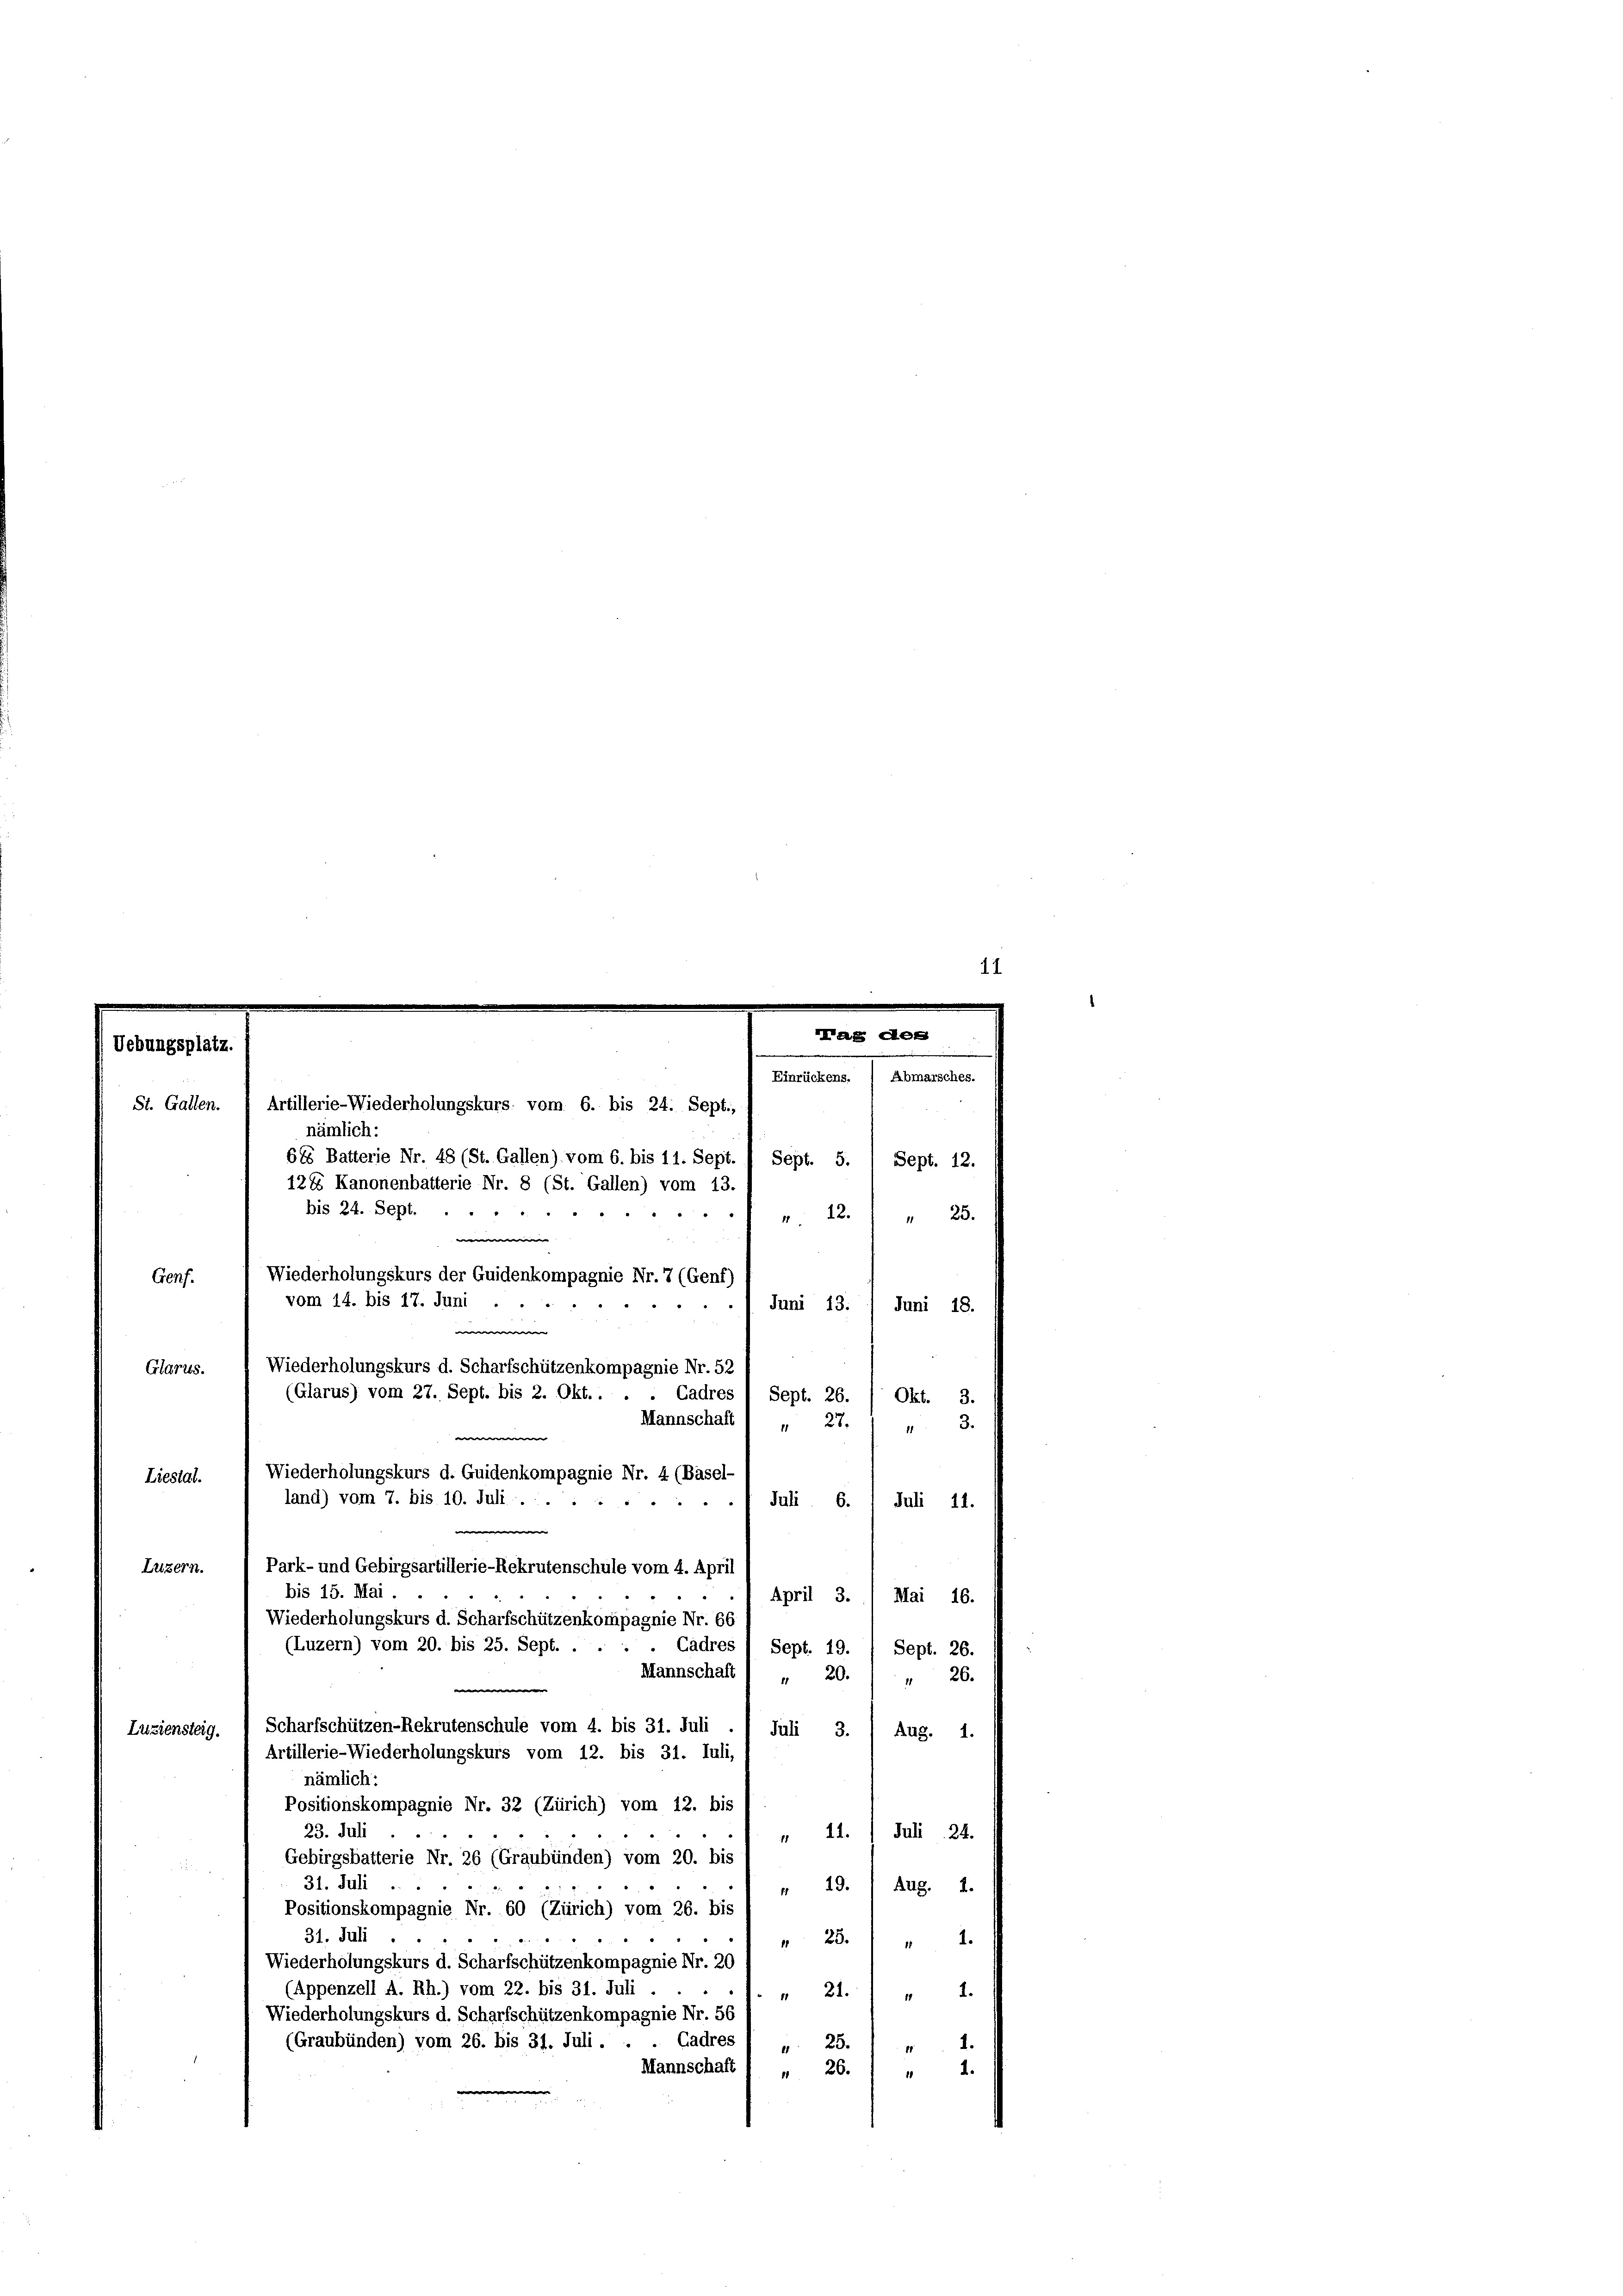
Lag der
ebungsplatz.
Einrückens. / Abmarsches.
Sept. 5. 1 Sept. 12.
124 Kanonenbatterie Nr. 8 (St. Gallen) vom 13.
bis 24. Sept.
"
 12.
 25.
w
Wiederholungskurs der Guidenkompagnie Nr. 7 (Genf)
Genf.
vom 14. bis 17. Juni
Juni 13. / Juni 18.
w
Wiederholungskurs d. Scharfschützenkompagnie Nr. 52
Glarus.
(Glarus) vom 27. Sept. bis 2. Okt. . . . Cadres 1 Sept. 26.
Okt. 3.
Mannschaft 1 „ 27. 1 "
3.

St. Gallen.

Liestal.
Juli . 6. 1 Juli 11.
Luzern.
April 3.) Mai 16.
Wiederholungskurs d. Scharfschützenkompagnie Nr. 66.
Sept. 26.
Mannschaft ( " 20.
26.
11
Scharfschützen-Rekrutenschule vom 4. bis 31. Juli
Luziensteig.
Juli 3.
Aug. 1.
Artillerie-Wiederholungskurs vom 12. bis 31. Juli,
nämlich:
Positionskompagnie Nr. 32 (Zürich) vom 12. bis
23. Juli
 11. Juli 24.
Gebirgsbatterie Nr. 26 (Graubünden) vom 20. bis
31. Juli
19.
Aug. 1.
f
Positionskompagnie Nr. 60 (Zürich) vom 26. bis
31. Juli.
25.) " 1.
Wiederholungskurs d. Scharfschützenkompagnie Nr. 20
(Appenzell A. Rh.) vom 22. bis 31. Juli
" 21. " 1
Wiederholungskurs d. Scharfschützenkompagnie Nr. 56
Cadres
(Graubünden) vom 26. bis 31. Juli.
25.
4
Mannschaft 1 „ 26. 1 „ 1.

Artillerie-Wiederholungskurs vom 6. bis 24. Sept.,
nämlich:
685 Batterie Nr. 48 (St. Gallen) vom 6. bis 11. Sept.

Wiederholungskurs d. Guidenkompagnie Nr. 4 (Basel-
land) vom 7. bis 10. Juli ......

Park- und Gebirgsartillerie-Rekrutenschule vom 4. April
bis 15. Mai.

(Luzern) vom 20. bis 25. Sept. . . . . Cadres / Sept. 19.